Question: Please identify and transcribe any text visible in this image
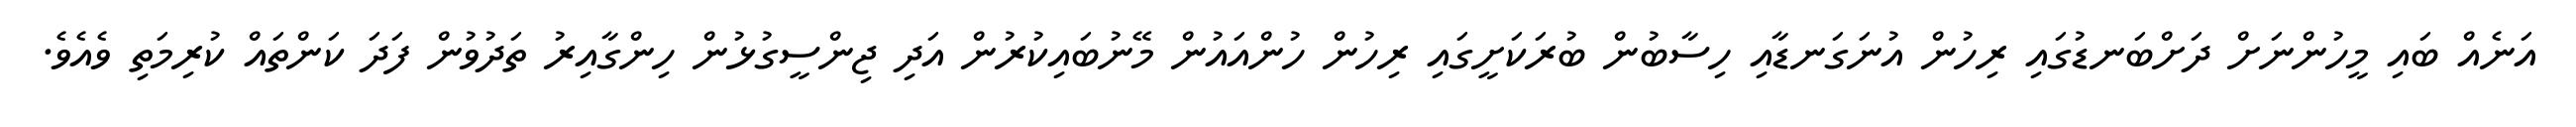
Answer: އަނެއް ބައި މީހުންނަށް ދަށްބަނޑުގައި ރިހުން އުނަގަނޑާއި ހިސާބުން ބުރަކަށީގައި ރިހުން ހުންއައުން މޭނުބައިކުރުން އަދި ޖިންސީގުޅުން ހިންގާއިރު ތަދުވުން ފަދަ ކަންތައް ކުރިމަތި ވެއެވެ.